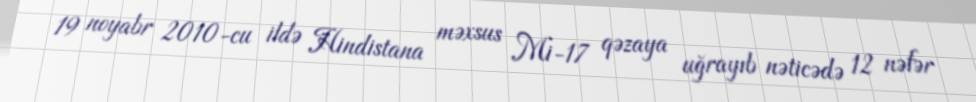
19 noyabr 2010-cu ildə Hindistana məxsus Mi-17 qəzaya uğrayıb nəticədə 12 nəfər